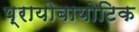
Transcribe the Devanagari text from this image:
प्रायोबायोटिक